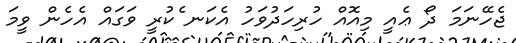
ޖެހޭނަމަ ދޯ ޢެއީ މިއޮއް ހުރިހަަދުވަހު އެކަނ ެކުރީ ވަގައް އެހެން ވީމަ